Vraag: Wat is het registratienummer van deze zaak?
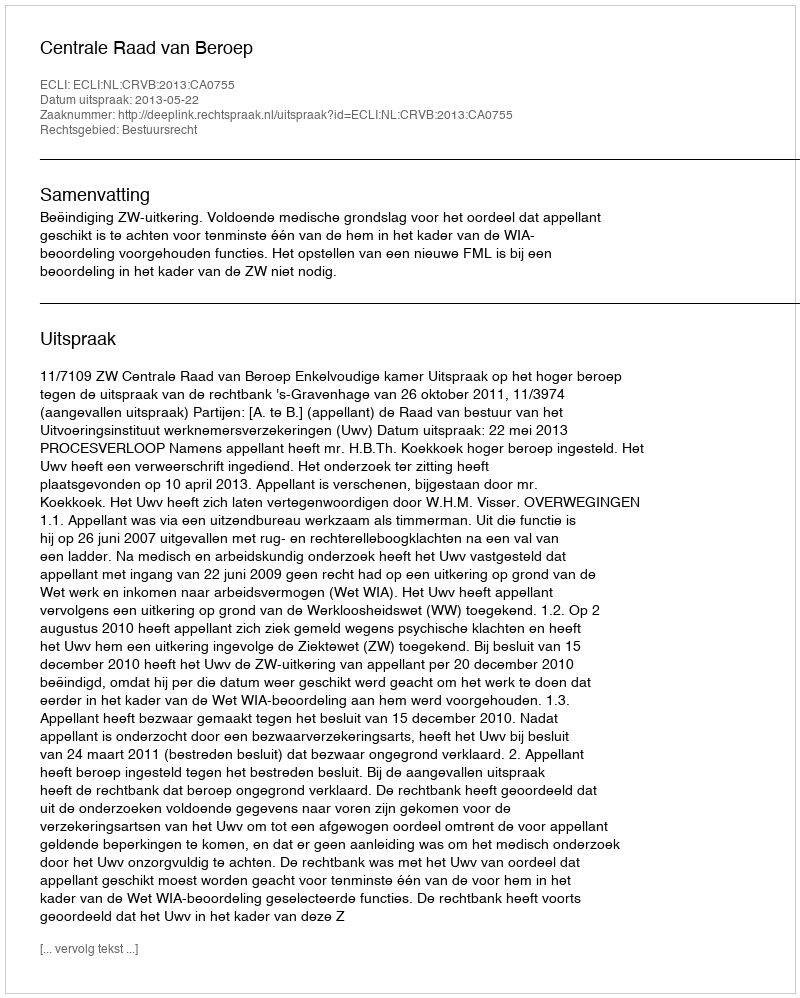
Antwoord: http://deeplink.rechtspraak.nl/uitspraak?id=ECLI:NL:CRVB:2013:CA0755